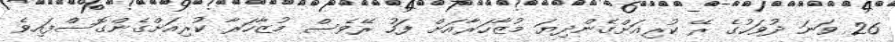
26 ވަނަ ދުވަހުގެ ރޭ ކުރިއަށްގެންދިޔަ މުޒާހަރާއަށް ފަހު ރޭވެސް މުޒާހަރާ ކުރިއަށްގެންގޮސްފައިވެ